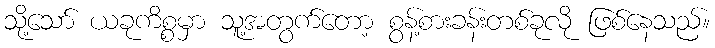
သို့သော် ယခုကိစ္စမှာ သူ့အတွက်တော့ စွန့်စားခန်းတစ်ခုလို ဖြစ်နေသည်။